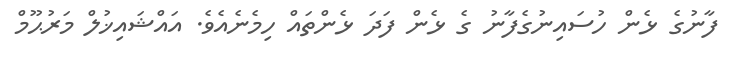
ފާނުގެ ޅެން ހުސައިނުގެފާނު ގެ ޅެން ފަދަ ޅެންތައް ހިމެނެއެވެ. އައްޝައިޚުލް މަރުޙޫމް